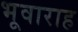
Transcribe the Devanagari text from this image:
भूवाराह